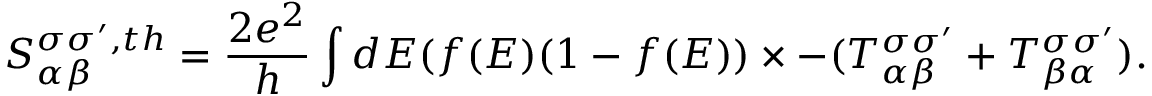
{ S _ { \alpha \beta } ^ { \sigma \sigma ^ { \prime } , t h } } = \frac { 2 e ^ { 2 } } { h } \int d E ( f ( E ) ( 1 - f ( E ) ) \times - ( T _ { \alpha \beta } ^ { \sigma \sigma ^ { \prime } } + T _ { \beta \alpha } ^ { \sigma \sigma ^ { \prime } } ) .